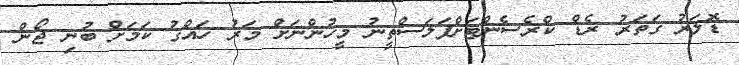
ޑޮލަރު ގަތަރު ރެޑް ކްރެސެންޓަށްފަލަސްތީނު މީހުންނަށް މަރު ހައްގު ކަމަށް ބުނި ޖޯން